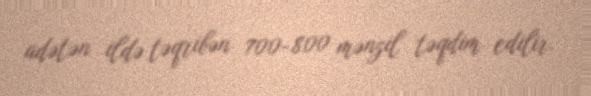
adətən ildə təqribən 700-800 mənzil təqdim edilir.